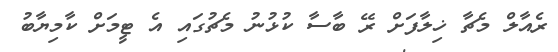
ރެއާލް މެޗާ ޚިލާފަށް ރޭ ބާސާ ކުޅުނު މެޗުގައި އެ ޓީމަށް ކާމިޔާބު